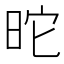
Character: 𣅸